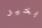
بخير